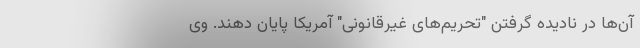
آن‌ها در نادیده گرفتن "تحریم‌های غیرقانونی" آمریکا پایان دهند. وی